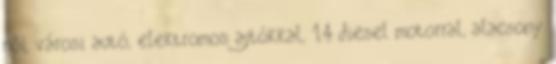
női, városi autó, elektromos ajtókkal, 1.4 diesel motorral, alacsony